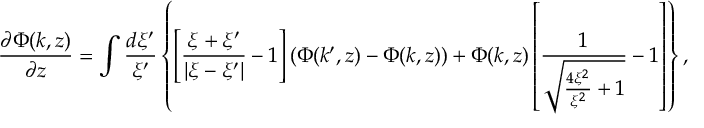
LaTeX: \frac { \partial \Phi ( k , z ) } { \partial z } = \int \frac { d \xi ^ { \prime } } { \xi ^ { \prime } } \left\{ \left[ \frac { \xi + \xi ^ { \prime } } { | \xi - \xi ^ { \prime } | } - 1 \right] ( \Phi ( k ^ { \prime } , z ) - \Phi ( k , z ) ) + \Phi ( k , z ) \left[ \frac 1 { \sqrt { \frac { 4 \xi ^ { 2 } } { \xi ^ { 2 } } + 1 } } - 1 \right] \right\} ,